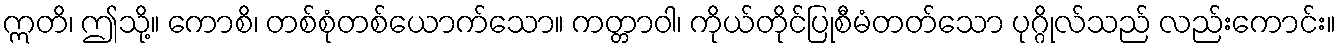
ဣတိ၊ ဤသို့။ ကောစိ၊ တစ်စုံတစ်ယောက်သော။ ကတ္တာဝါ၊ ကိုယ်တိုင်ပြုစီမံတတ်သော ပုဂ္ဂိုလ်သည် လည်းကောင်း။